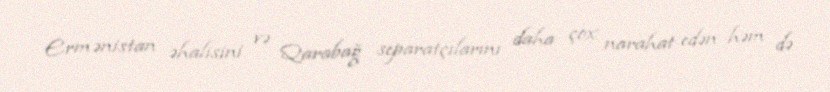
Ermənistan əhalisini və Qarabağ separatçılarını daha çox narahat edən həm də